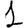
Digit: 1